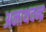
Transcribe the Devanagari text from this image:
अनाथचन्द्र